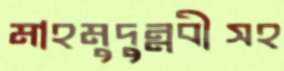
মাহমুদুন্নবীসহ